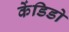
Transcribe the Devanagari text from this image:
केंडिडो